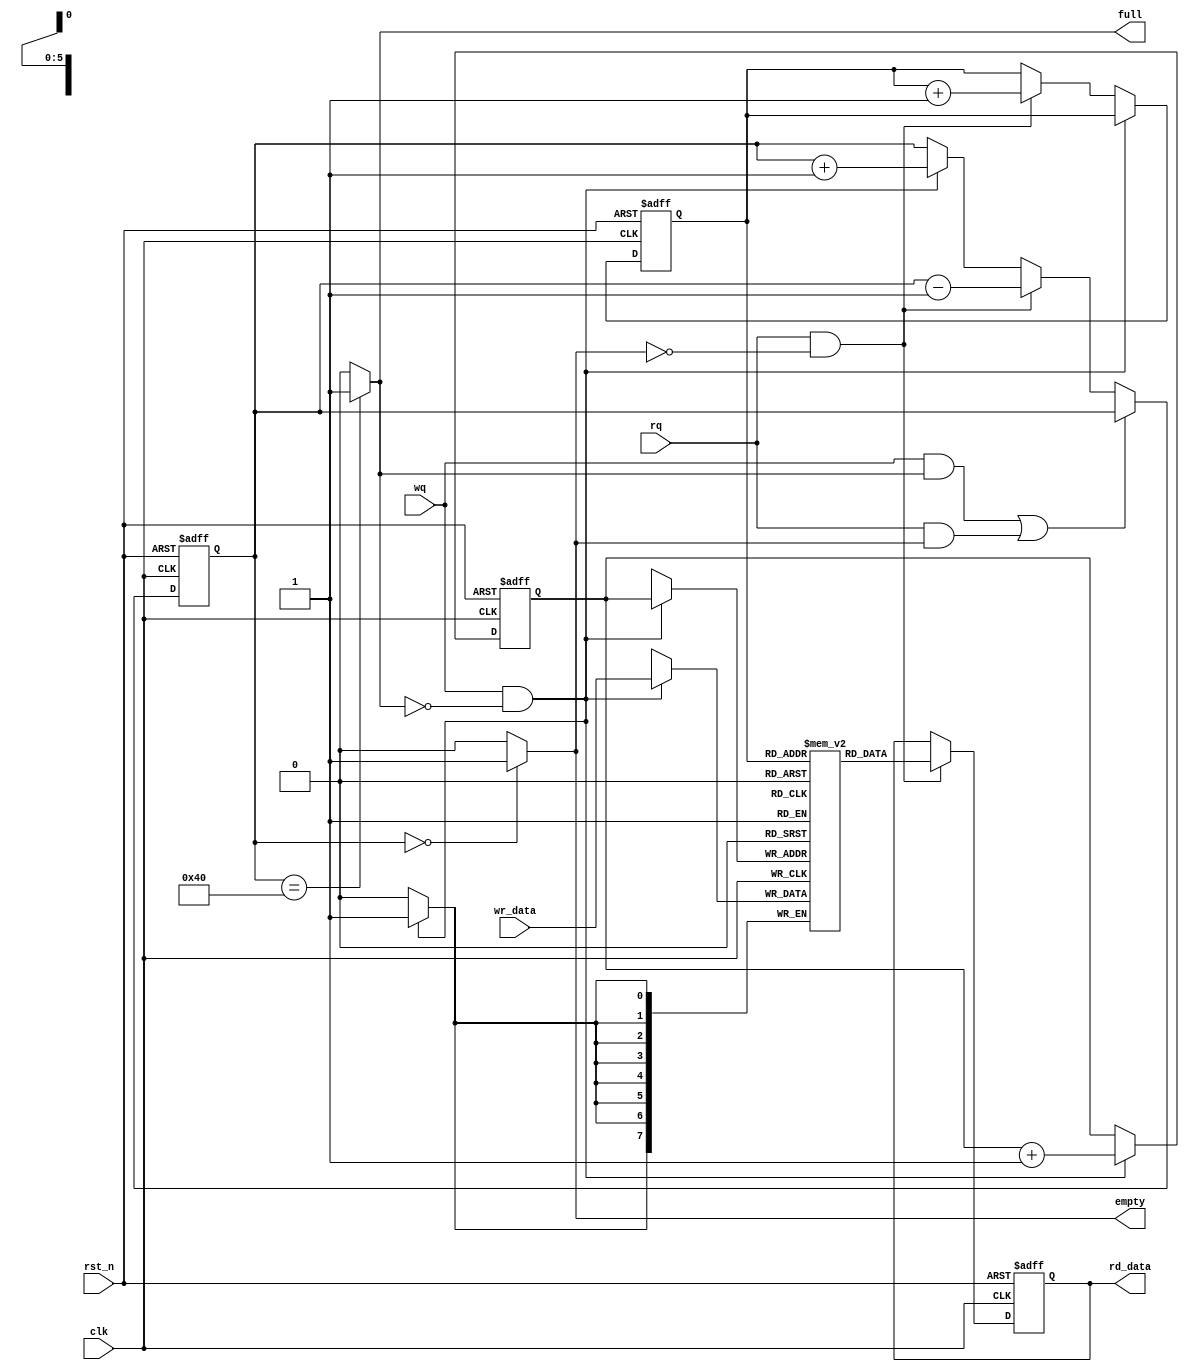
//////////////////////////////////////////////////////////////////////////////////
// 
// Project Name:  
// Module Name:   sync_fifo
// 
// Version:       1.0
// Description: 
// VIVADOFIFO
//
// Modification History:
// Date                   Change Descripton
// -------------------------------------------------------------------------------
// 2021/09/27             Initial
//
//////////////////////////////////////////////////////////////////////////////////

`default_nettype none
module sync_fifo
#(
    parameter DATA_WIDTH = 8,
    parameter DATA_DEPTH = 64,
    parameter ADDR_WIDTH = 6
)
(
	input   wire                      clk,
	input   wire                      rst_n,
	input   wire  [DATA_WIDTH-1:0]    wr_data,
	input   wire                      rq,  //read request
	input   wire                      wq,  //write request
	output  reg   [DATA_WIDTH-1:0]    rd_data,
	output  wire                      full,
	output  wire                      empty
);
//internal signal
(* ram_style = "block" *) reg [DATA_WIDTH-1:0] fifo_mem [DATA_DEPTH-1:0];//BRAM
reg[ADDR_WIDTH:0]  counter; //extra one bit for counter
reg[ADDR_WIDTH-1:0] rd_ptr;
reg[ADDR_WIDTH-1:0] wr_ptr;

//set full and empty
assign   full  = (counter==DATA_DEPTH) ? 1'b1 : 1'b0;
assign   empty = (counter==0) ? 1'b1 : 1'b0;

//set current fifo  counter value
always @(posedge clk or negedge rst_n)
begin
	if(!rst_n)
		counter<=0;
	else if((wq && full)||(rq && empty))
		counter <= counter;
	else  if(rq&&!empty)
		counter <= counter - 1;
	else  if(wq&&!full)
		counter <= counter + 1;
	else
		counter <= counter;   //no read, no write, keep no change
end
//read data if no empty and read enable
always @(posedge clk or negedge rst_n )
begin
	if(!rst_n) begin
		rd_data <= 0;
	end
	else if(rq && !empty)
		rd_data <= fifo_mem[rd_ptr];
end
//write data if no full and write enable
always @(posedge clk)
begin
	if(wq && !full)
		fifo_mem[wr_ptr] <= wr_data;
end
    
//update read and write ptr
always @(posedge clk or negedge rst_n)
begin
	if(!rst_n)
        begin
            wr_ptr <= 0;
            rd_ptr <= 0;
        end
	else
        begin
            if(!full && wq)
                begin
                    wr_ptr <= wr_ptr + 1;
                    // we can omit these two lines, for it will change to 0 if overflow.
                    //if(wr_ptr==(FIFO_DEPTH-1))
                    //	wr_ptr<=0;
                end
            else if(!empty && rq)
                begin
                    rd_ptr <= rd_ptr + 1;
                    //if(rd_ptr==(FIFO_DEPTH-1))
                    //	rd_ptr<=0;
                end
        end
end

endmodule
`default_nettype wire